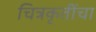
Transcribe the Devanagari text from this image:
चित्रकृतींचा